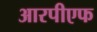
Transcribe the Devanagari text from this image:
आरपीएफ